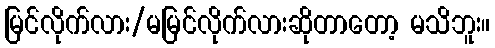
မြင်လိုက်လား/မမြင်လိုက်လားဆိုတာတော့ မသိဘူး။